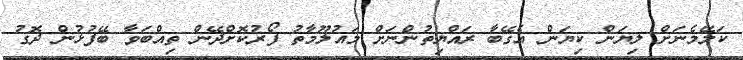
ކަލޭމެނަށް ލިޔަން ކިޔަން އެގޭބާ ރައްޔިތުންނަށް މައުލޫމާތު ފޯރުކޮށްދޭން ތިއްބަވާ ބޭފުޅުން ދޮގު